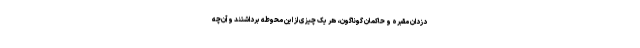
دزدان مقبره و حاکمان گوناگون، هر یک چیزی از این محوطه برداشتند و آن‌چه